Scottish Leaving Certificate Examination, 1959
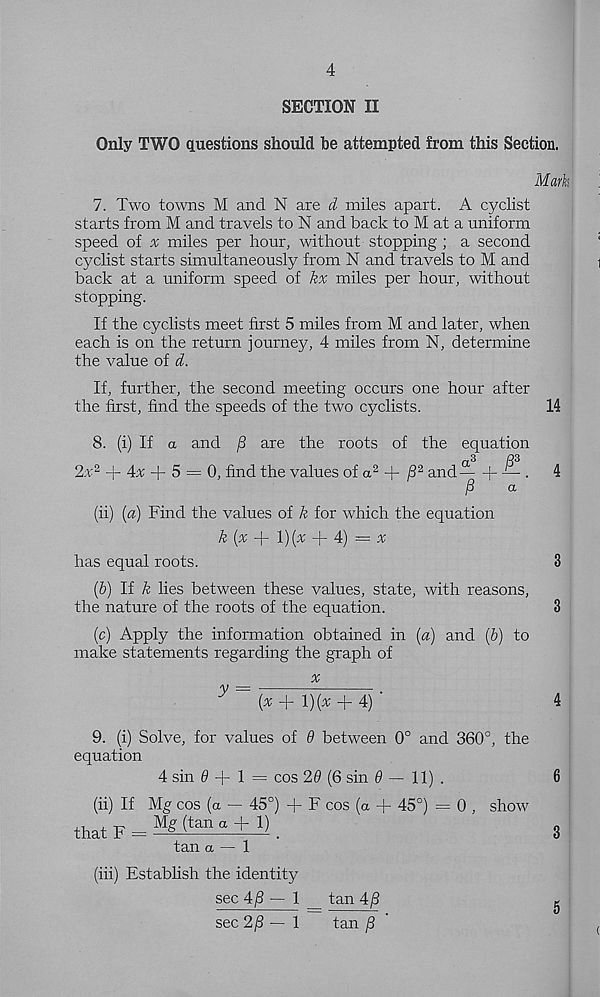
4
SECTION II
Only TWO questions should be attempted from this Section.
Mark
7. Two towns M and N are d miles apart. A cyclist
starts from M and travels to N and back to M at a uniform
speed of ^ miles per hour, without stopping; a second
cyclist starts simultaneously from N and travels to M and
back at a uniform speed of kx miles per hour, without
stopping.
If the cyclists meet first 5 miles from M and later, when
each is on the return journey, 4 miles from N, determine
the value of d.
If, further, the second meeting occurs one hour after
the first, find the speeds of the two cyclists.
14
8. (i) If a and /3 are the roots of the equation
2x 2 + 4;r + 5 = 0, find the values of a 2 + /3 2 and— + — .
4
/?
a
(ii) (a) Find the values of k for which the equation
k (x
\){x
A) = x
has equal roots.
3
(6) If k lies between these values, state, with reasons,
the nature of the roots of the equation.
3
(c) Apply the information obtained in (a) and (&) to
make statements regarding the graph of
_
^
^
(*+!)(:*; +4) ‘
4
9. (i) Solve, for values of 9 between 0° and 360°, the
equation
4 sin 0 + 1 = cos 29 (6 sin 0 — 11) .
6
(ii) If Mg cos (a — 45°) + F cos (a + 45°) = 0 , show
that F = Mmr+l).
3
tan a — 1
(iii) Establish the identity
sec 4/1—1 _ tan 4^8
g
sec 2/3—1
tan /3